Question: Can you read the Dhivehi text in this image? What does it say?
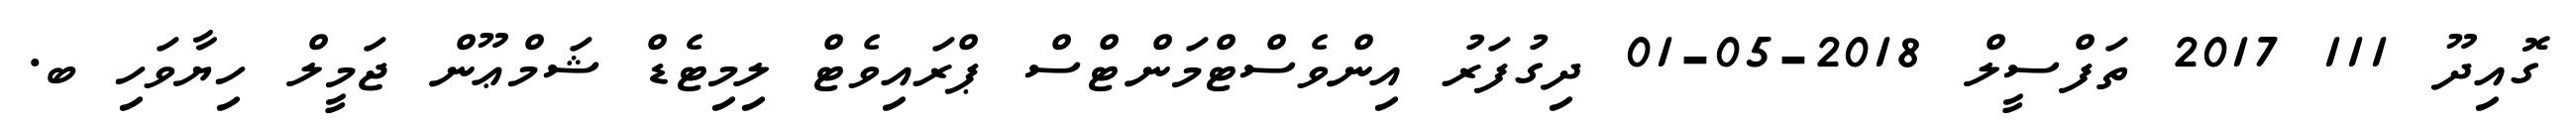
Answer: ގޮއިދޫ 111 2017 ތަފްސީލް 2018-05-01 ދިގުފަރު އިންވެސްޓްމަންޓްސް ޕްރައިވެޓް ލިމިޓެޑް ޝަމްޢޫން ޖަމީލް ހިޔާވަހި ބ.